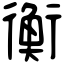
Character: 衡